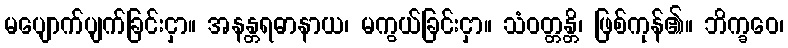
မပျောက်ပျက်ခြင်းငှာ။ အနန္တရဓာနာယ၊ မကွယ်ခြင်းငှာ။ သံဝတ္တန္တိ၊ ဖြစ်ကုန်၏။ ဘိက္ခဝေ၊